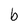
Character: b